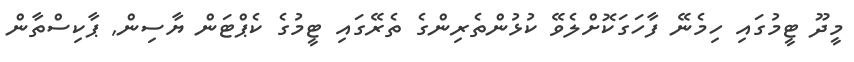
މީދޫ ޓީމުގައި ހިމެނޭ ފާހަގަކޮށްލެވޭ ކުޅުންތެރިންގެ ތެރޭގައި ޓީމުގެ ކެޕްޓަން ޔާސިން